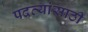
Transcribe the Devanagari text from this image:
पदव्यांसाठी